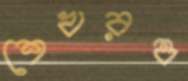
শেখরও